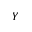
Y